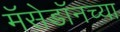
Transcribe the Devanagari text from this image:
मॅसेडॉनच्या